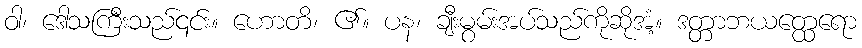
ဝါ၊ ဒေါသကြီးသည်၎င်း။ ဟောတိ၊ ၏။ ပန၊ ချီးမွမ်းအပ်သည်ကိုဆိုအံ့။ ဒတ္တာဘယတ္ထေရော